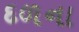
દળના